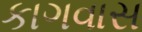
કાગવાસ